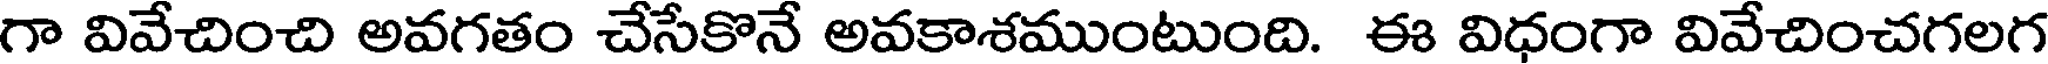
గా వివేచించి అవగతం చేసేకొనే అవకాశముంటుంది. ఈ విధంగా వివేచించగలగ